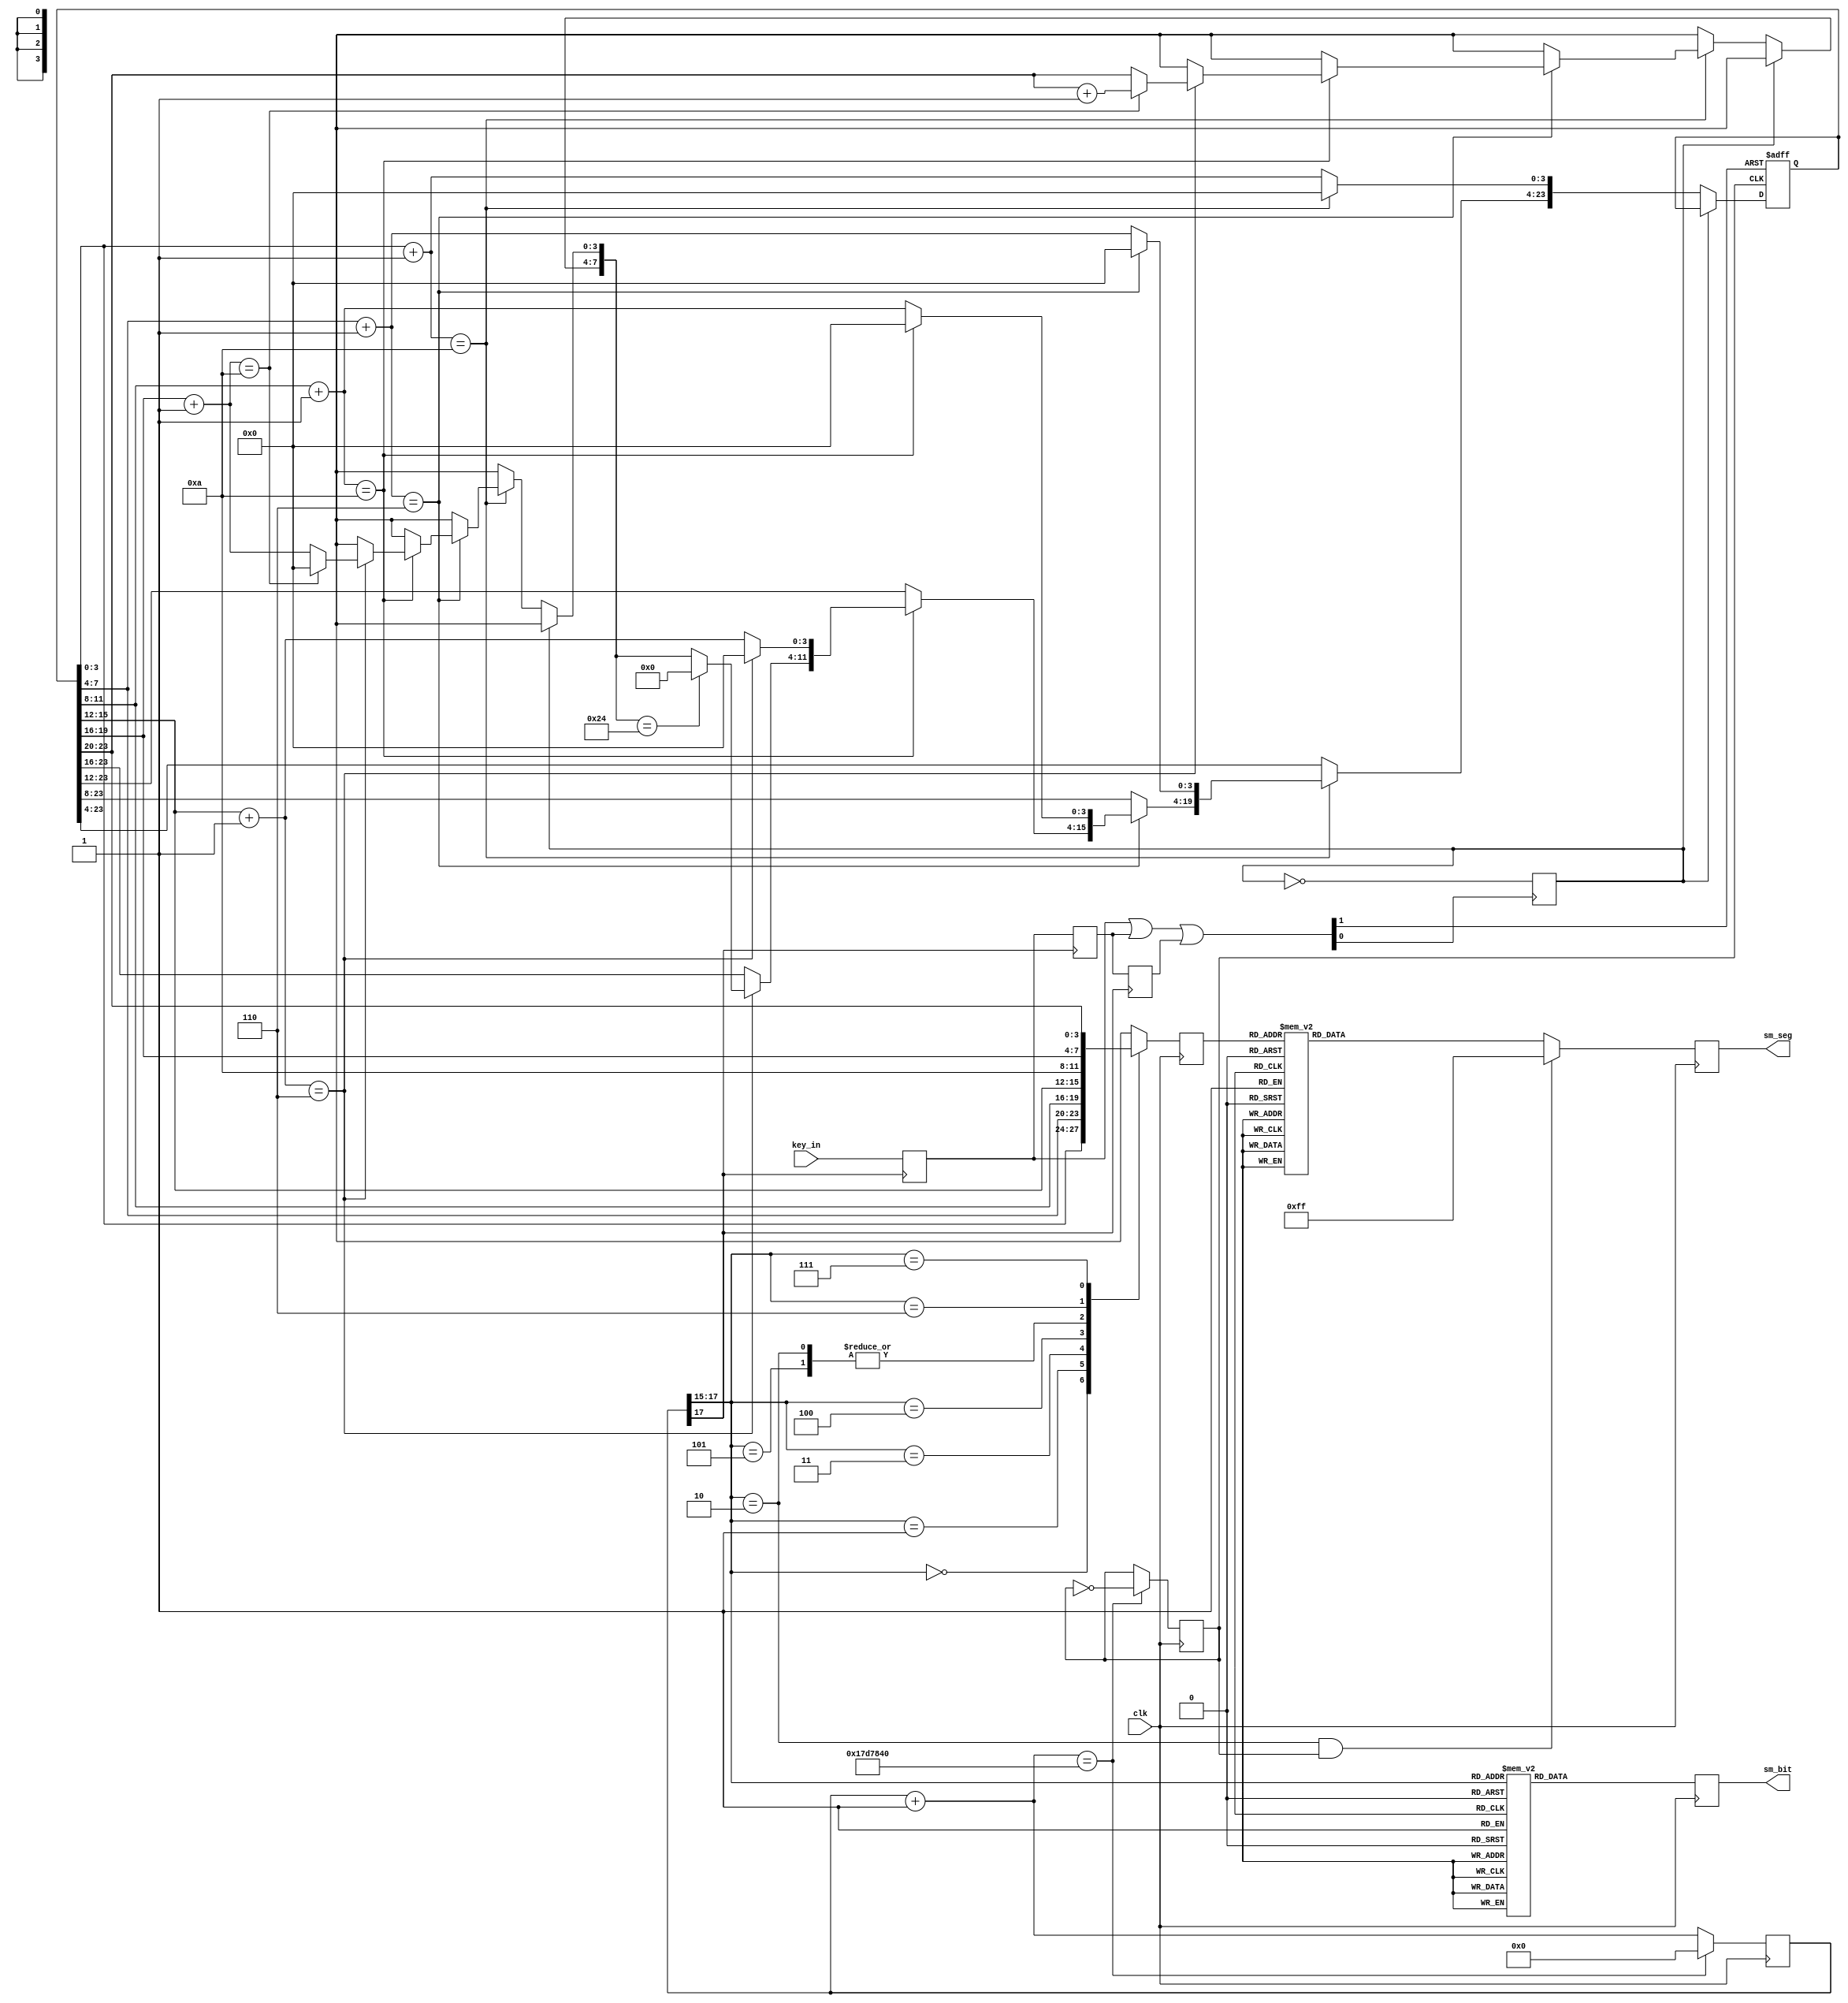

module clock(clk,key_in,sm_bit,sm_seg);		//???clock
input clk;									//????
input[1:0] key_in;								//????
output[0:7]	sm_bit;							//?????????
output[7:0] sm_seg;							//????????


reg[7:0] sm_seg_r;								//??????????
reg[7:0] sm_bit_r;								//????????????
reg[3:0] disp_dat;							//?????????
reg[24:0]count;								//???????
reg[23:0]hour;								//?????????
reg sec,keyen;								//?????
reg[1:0]dout1,dout2,dout3;					//???
wire[1:0]key_done;							//??????

assign sm_bit = sm_bit_r;							//???????
assign sm_seg = sm_seg_r;							//?????????	

//???????
always @(posedge clk)   					//??clock?????
begin
	count = count + 1'b1;
	if(count == 25'd25000000)				//0.5S????
	begin
		count = 25'd0;						//?????
		sec = ~sec;							//?????
	end
end

//????????
assign key_done = (dout1 | dout2 | dout3);	//??????

always @(posedge count[17])
begin
	dout1 <= key_in;
	dout2 <= dout1;
	dout3 <= dout2;	
end

always @(negedge key_done[0])
begin
	keyen = ~keyen;							//????????????
end

//???????????
always @(posedge clk)   					//count[17:15]??1ms????
begin
	case(count[17:15])						//????????
		3'd0:disp_dat = hour[3:0];			//???
		3'd1:disp_dat = hour[7:4];			//???
		3'd2:disp_dat = 4'ha;				//??"-"
		3'd3:disp_dat = hour[11:8];			//???
		3'd4:disp_dat = hour[15:12];		//???
		3'd5:disp_dat = 4'ha;				//??"-"
		3'd6:disp_dat = hour[19:16];		//???
		3'd7:disp_dat = hour[23:20];		//???
	endcase
	case(count[17:15])						//????????
		3'd7:sm_bit_r = 8'b11111110;			//??????????
		3'd6:sm_bit_r = 8'b11111101;			//??????????
		3'd5:sm_bit_r = 8'b11111011;			//??????????
		3'd4:sm_bit_r = 8'b11110111;			//??????????
		3'd3:sm_bit_r = 8'b11101111;			//??????????
		3'd2:sm_bit_r = 8'b11011111;			//??????????
		3'd1:sm_bit_r = 8'b10111111;			//??????????
		3'd0:sm_bit_r = 8'b01111111;			//??????????
	endcase	
end

always @(posedge clk)
begin
	case(disp_dat)
		4'h0:sm_seg_r = 8'hc0;					//??0
		4'h1:sm_seg_r = 8'hf9;					//??1
		4'h2:sm_seg_r = 8'ha4;					//??2
		4'h3:sm_seg_r = 8'hb0;					//??3
		4'h4:sm_seg_r = 8'h99;					//??4
		4'h5:sm_seg_r = 8'h92;					//??5
		4'h6:sm_seg_r = 8'h82;					//??6
		4'h7:sm_seg_r = 8'hf8;					//??7
		4'h8:sm_seg_r = 8'h80;					//??8
		4'h9:sm_seg_r = 8'h90;					//??9
		4'ha:sm_seg_r = 8'hbf;					//??-
		default:sm_seg_r = 8'hff;				//???
	endcase
	if((count[17:15]== 3'd2)&sec)
		sm_seg_r = 8'hff;
end

//??????
always @(negedge sec or negedge key_done[1])//????
begin
	if(!key_done[1])						//??????
	begin
		hour = 24'h0;						//?????
	end
	else if(!keyen)
	begin
		hour[3:0] = hour[3:0] + 1'b1;		//??1
		if(hour[3:0] == 4'ha)
		begin
			hour[3:0] = 4'h0;
			hour[7:4] = hour[7:4] + 1'b1;	//??????
			if(hour[7:4] == 4'h6)
			begin
				hour[7:4] = 4'h0;
				hour[11:8] = hour[11:8] + 1'b1;//?????
				if(hour[11:8] == 4'ha)
				begin
					hour[11:8] = 4'h0;
					hour[15:12] = hour[15:12] + 1'b1;//?????
					if(hour[15:12] == 4'h6)
					begin
						hour[15:12] = 4'h0;
						hour[19:16] = hour[19:16] + 1'b1;//?????
						if(hour[19:16] == 4'ha)
						begin
							hour[19:16] = 4'h0;
							hour[23:20] = hour[23:20] + 1'b1;//?????
						end
						if(hour[23:16] == 8'h24)
							hour[23:16] = 8'h0;
					end
				end
			end
		end
	end
end
endmodule